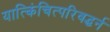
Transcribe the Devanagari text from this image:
यात्किंचित्परिवद्धर्न